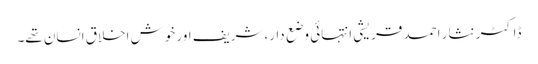
ڈاکٹر نثار احمد قریشی انتہائی وضع دار،شریف اور خوش اخلاق انسان تھے۔